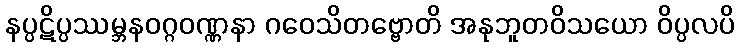
နပ္ပဋိပ္ပဿမ္ဘနဝဂ္ဂဝဏ္ဏနာ ဂဝေသိတဗ္ဗောတိ အနုဘူတဝိသယော ဝိပ္ပလပိ